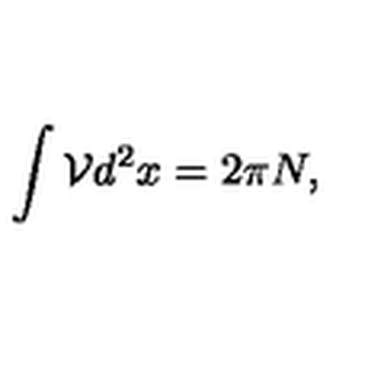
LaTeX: \int \mathcal { V } d ^ { 2 } x = 2 \pi N ,